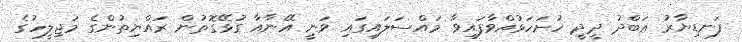
ފަނޑިޔާރު ޢަބްދު ދީދީ ހުށަހަޅުއްވާފައިވާ މައްސަލައިގައި ވަނީ އޭނާއާ ގުޅޭގޮތުން ރައްޔިތުންގެ މަޖިލީހުގެ